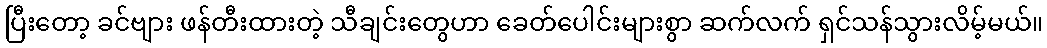
ပြီးတော့ ခင်ဗျား ဖန်တီးထားတဲ့ သီချင်းတွေဟာ ခေတ်ပေါင်းများစွာ ဆက်လက် ရှင်သန်သွားလိမ့်မယ်။